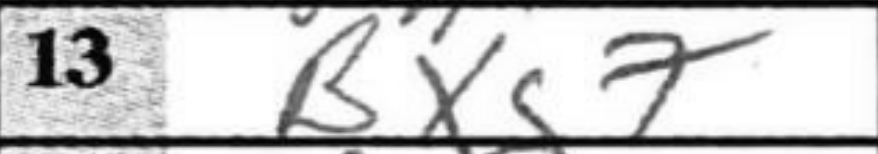
Transcription: Bxg7